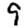
Digit: 9